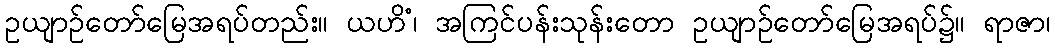
ဥယျာဉ်တော်မြေအရပ်တည်း။ ယဟိံ၊ အကြင်ပန်းသုန်းတော ဥယျာဉ်တော်မြေအရပ်၌။ ရာဇာ၊